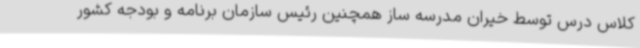
کلاس درس توسط خیران مدرسه ساز همچنین رئیس سازمان برنامه و بودجه کشور